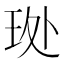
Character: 𮴊